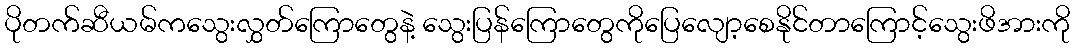
ပိုတက်ဆီယမ်ကသွေးလွှတ်ကြောတွေနဲ့ သွေးပြန်ကြောတွေကိုပြေလျော့စေနိုင်တာကြောင့်သွေးဖိအားကို